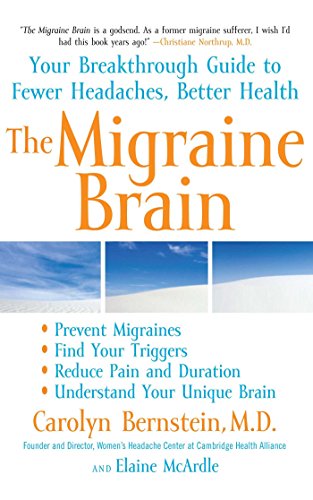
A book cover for The Migraine Brain: Your Breakthrough Guide to Fewer Headaches, Better Health; M.D. Carolyn Bernstein M.D.; Health, Fitness & Dieting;